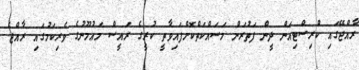
ރާއްޖޭގައި ކްރިސްޓިއަން ދީން ފަތުރަން މަސައްކަތްކޮށްފައިވާތީ ކުރީގެ ރައީސް މަޢުމޫނުގެ ވެރިކަމުގައި ރާއްޖެ